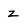
Character: Z